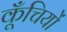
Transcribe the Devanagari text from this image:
कूँचियों